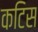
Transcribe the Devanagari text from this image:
कटिस